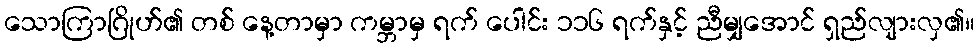
သောကြာဂြိုဟ်၏ တစ် နေ့တာမှာ ကမ္ဘာမှ ရက် ပေါင်း ၁၁၆ ရက်နှင့် ညီမျှအောင် ရှည်လျားလှ၏။